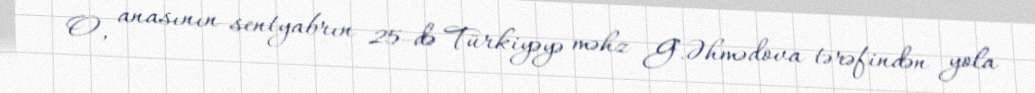
O, anasının sentyabrın 25-də Türkiyəyə məhz G.Əhmədova tərəfindən yola